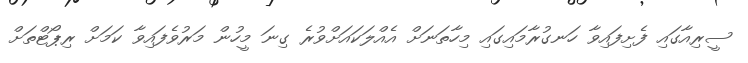
ސީރިއާގައި ފެށިފައިވާ ހަނގުރާމައިގައި މިހާތަނަށް އެއްލަކައަށްވުރެ ގިނަ މީހުން މަރުވެފައިވާ ކަމަށް ރިޕޯޓްތަށް